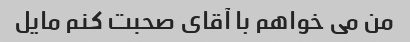
من می خواهم با آقای صحبت کنم مایل